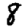
Digit: 8